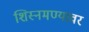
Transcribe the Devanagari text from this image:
शिस्नमण्यावर